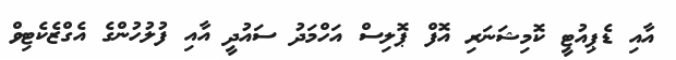
އާއި ޑެޕިއުޓީ ކޮމިޝަނަރި އޮފް ޕޮލިސް އަހްމަދު ސައުދީ އާއި ފުލުހުންގެ އެގްޒެކެޓިވް